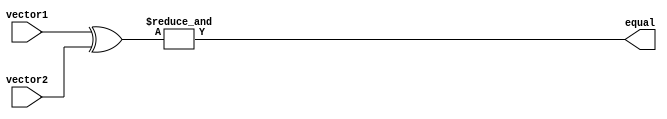
module comparator(
    input [63:0] vector1,
    input [63:0] vector2,
    output reg equal
);

wire [63:0] compare_results;

assign compare_results = vector1 ^ vector2;

assign equal = &compare_results;

endmodule